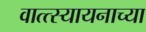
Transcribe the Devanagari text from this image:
वात्त्स्यायनाच्या